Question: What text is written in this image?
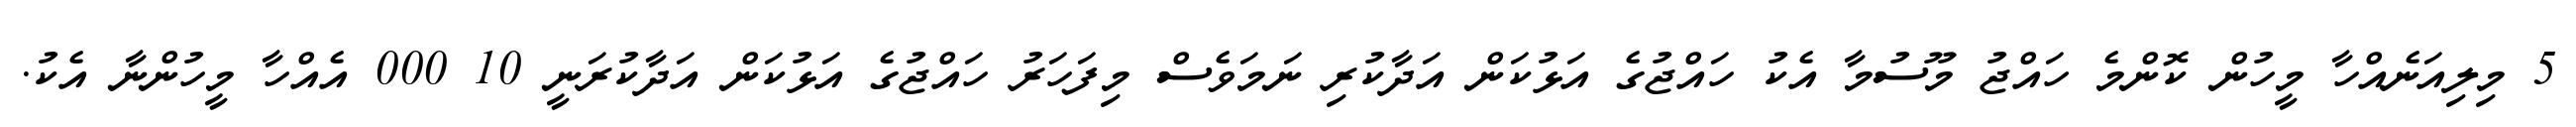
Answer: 5 މިލިއަނެއްހާ މީހުން ކޮންމެ ހައްޖު މޫސުމާ އެކު ހައްޖުގެ އަޅުކަން އަދާކުރި ނަމަވެސް މިފަހަރު ހައްޖުގެ އަޅުކަން އަދާކުރަނީ 10 000 އެއްހާ މީހުންނާ އެކު.